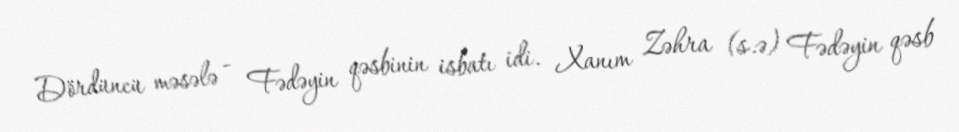
Dördüncü məsələ - Fədəyin qəsbinin isbatı idi. Xanım Zəhra (s.ə) Fədəyin qəsb